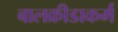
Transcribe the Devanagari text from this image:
बालक्रीडाकर्म